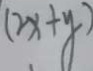
( 2 x + y )